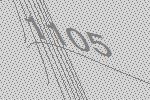
1105